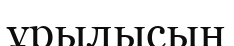
ұрылысын